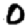
Digit: 0